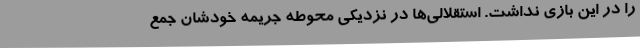
را در این بازی نداشت. استقلالی‌ها در نزدیکی محوطه جریمه خودشان جمع